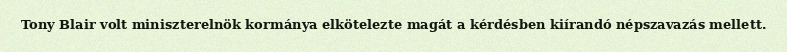
Tony Blair volt miniszterelnök kormánya elkötelezte magát a kérdésben kiírandó népszavazás mellett.